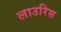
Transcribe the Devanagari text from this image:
लाउरिस